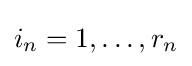
i_{n}=1,\ldots ,r_{n}